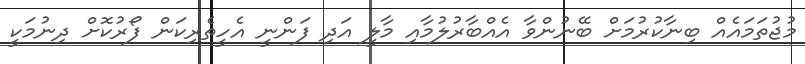
މުޖުތަމައެއް ބިނާކުރުމަށް ބޭނުންވާ އެއްބާރުލުމާއި މާލީ އަދި ފަންނީ އެހީތެރިކަން ފޯރުކޮށް ދިނުމަކީ